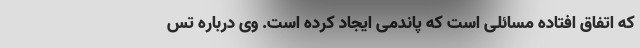
که اتفاق افتاده مسائلی است که پاندمی ایجاد کرده است. وی درباره تس